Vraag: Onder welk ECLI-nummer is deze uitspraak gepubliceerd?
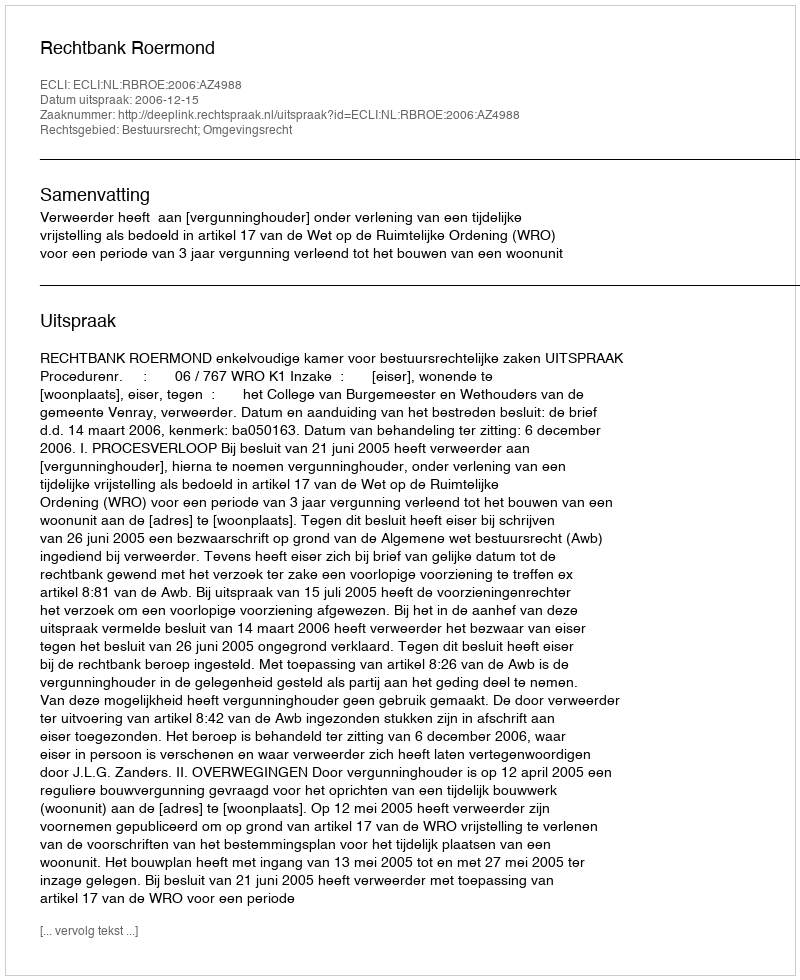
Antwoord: ECLI:NL:RBROE:2006:AZ4988